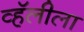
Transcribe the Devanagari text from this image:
व्हॅलीला